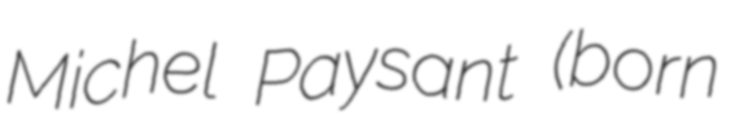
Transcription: Michel Paysant (born